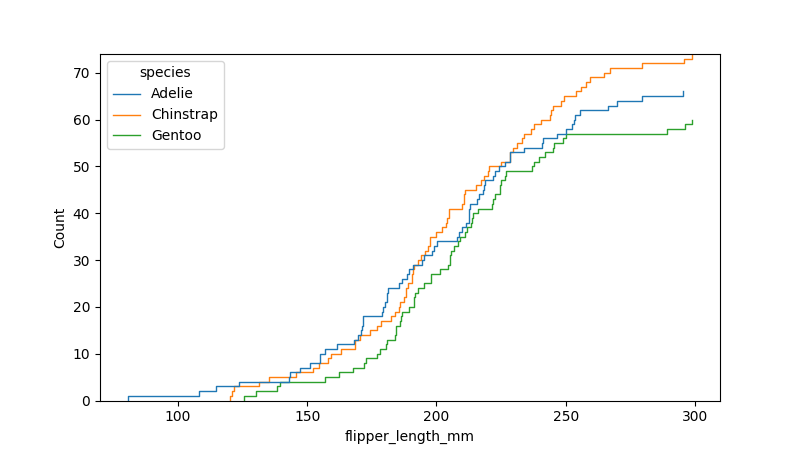
python, seaborn, ecdfplot, column='flipper_length_mm', hue='species', stat='count', linewidth=1.0